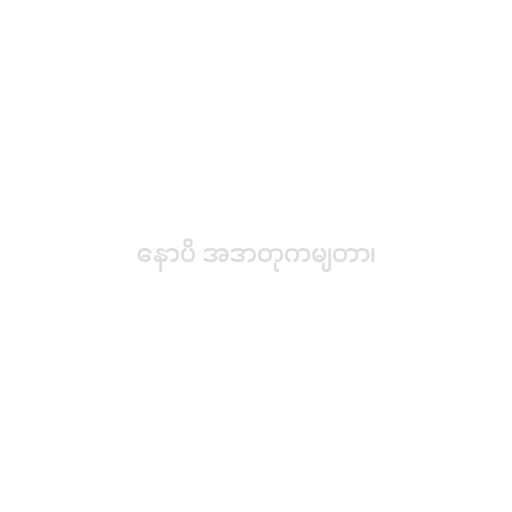
နောပိ အဒာတုကမျတာ၊